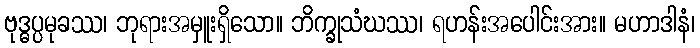
ဗုဒ္ဓပ္ပမုခဿ၊ ဘုရားအမှူးရှိသော။ ဘိက္ခုသံဃဿ၊ ရဟန်းအပေါင်းအား။ မဟာဒါနံ၊